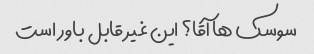
سوسک ها آقا؟ این غیر قابل باور است